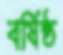
বর্ষিষ্ঠ